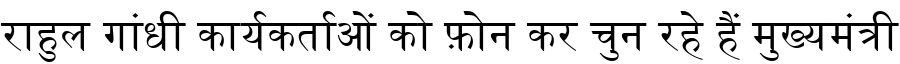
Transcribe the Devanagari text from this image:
राहुल गांधी कार्यकर्ताओं को फ़ोन कर चुन रहे हैं मुख्यमंत्री